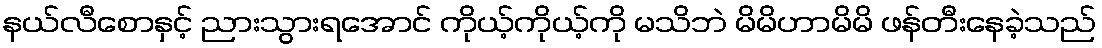
နယ်လီစောနှင့် ညားသွားရအောင် ကိုယ့်ကိုယ့်ကို မသိဘဲ မိမိဟာမိမိ ဖန်တီးနေခဲ့သည်